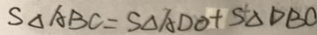
S _ { \Delta A B C } = S _ { \Delta A D O } + S _ { \Delta D B C }